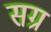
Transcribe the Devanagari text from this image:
सग्र